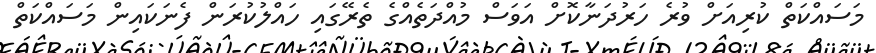
މަސައްކަތް ކުރިއަށް ވުރެ ހަރުދަނާކޮށް އަވަސް މުއްދަތެއްގެ ތެރޭގައި ހައްލުކުރަން ފެނަކައިން މަސައްކަތް